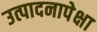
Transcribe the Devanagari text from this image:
उत्पादनापेक्षा